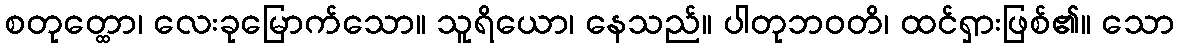
စတုတ္ထော၊ လေးခုမြောက်သော။ သူရိယော၊ နေသည်။ ပါတုဘဝတိ၊ ထင်ရှားဖြစ်၏။ သော